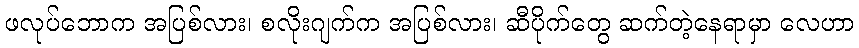
ဖလုပ်ဘောက အပြစ်လား၊ စလိုးဂျက်က အပြစ်လား၊ ဆီပိုက်တွေ ဆက်တဲ့နေရာမှာ လေဟာ